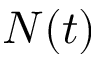
N ( t )